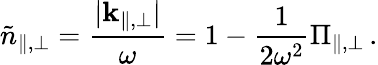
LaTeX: \tilde{n}_{\| ,\bot}=\frac{|{\mathbf k}_{\| ,\bot}|}{\omega}=1-\frac{1}{2\omega^{2}}\Pi_{\| ,\bot}\, .